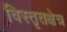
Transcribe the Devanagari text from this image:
विस्तृतक्षेत्र